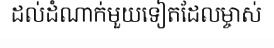
ដល់ដំណាក់មួយទៀតដែលម្ចាស់